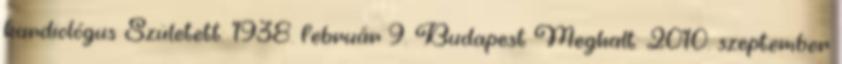
kardiológus Született: 1938. február 9. Budapest Meghalt: 2010. szeptember